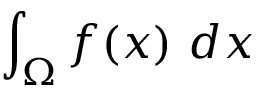
\int _ { \Omega } f ( x ) \ d x